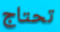
تحتاج